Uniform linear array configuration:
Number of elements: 64
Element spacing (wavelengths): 0.75
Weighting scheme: hamming
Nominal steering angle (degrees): -30
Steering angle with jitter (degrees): -28.729
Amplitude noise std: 0.05
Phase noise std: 0.05

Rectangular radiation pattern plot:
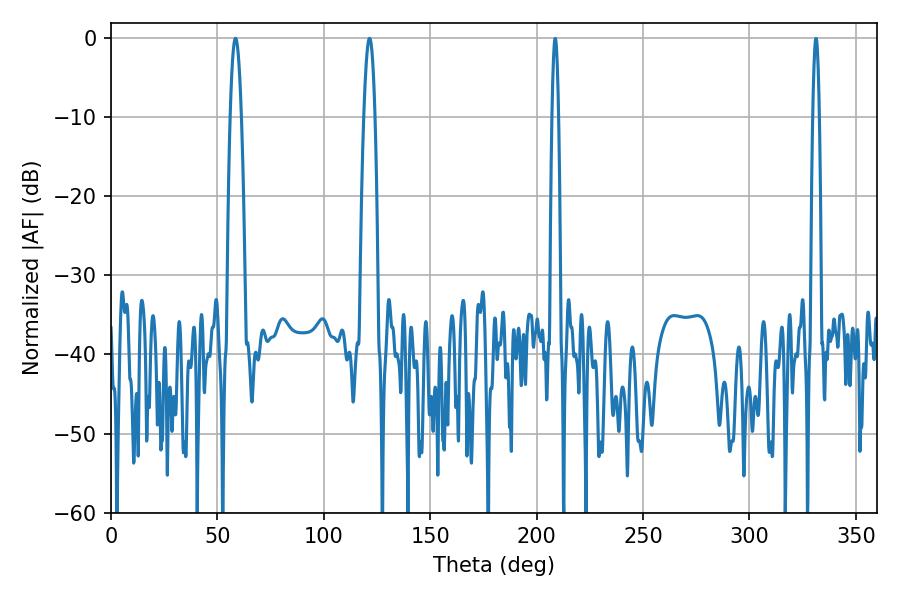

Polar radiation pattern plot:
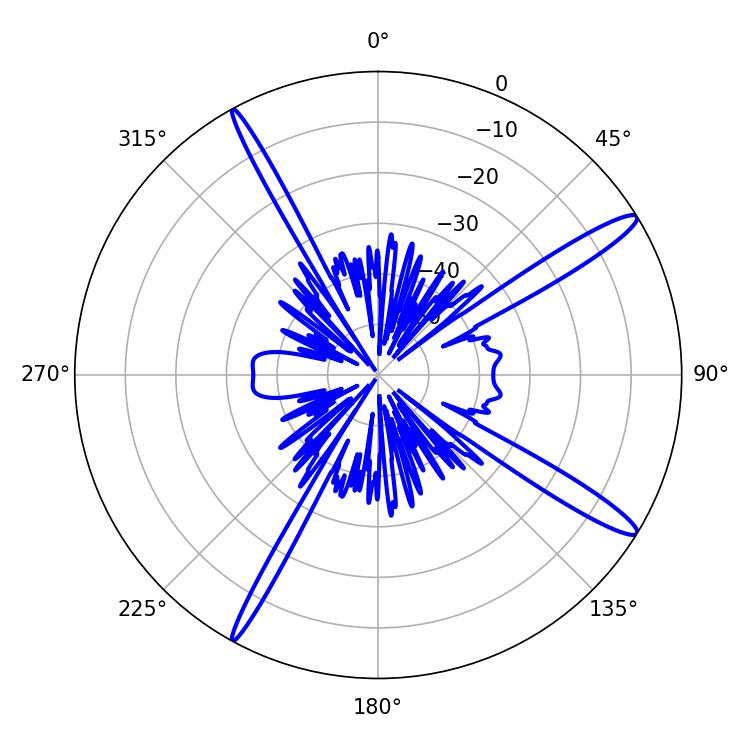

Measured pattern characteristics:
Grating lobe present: TRUE
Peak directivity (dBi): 15.047
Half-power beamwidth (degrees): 2.88
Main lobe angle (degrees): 58.5